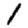
Digit: 1